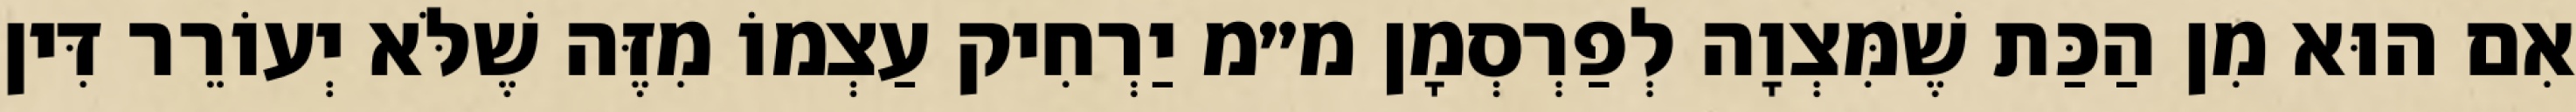
אִם הוּא מִן הַכַּת שֶׁמִּצְוָה לְפַרְסְמָן מ״מ יַרְחִיק עַצְמוֹ מִזֶּה שֶׁלֹּא יְעוֹרֵר דִּין